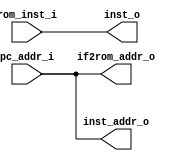
module ifetch(
	//from pc
	input  wire[31:0] pc_addr_i,
	//from rom 
	input  wire[31:0] rom_inst_i,
	//to rom
	output wire[31:0] if2rom_addr_o, 
	// to if_id
	output wire[31:0] inst_addr_o, 
	output wire[31:0] inst_o
	);


	assign if2rom_addr_o = pc_addr_i;
	
	assign inst_addr_o  = pc_addr_i;
	
	assign inst_o = rom_inst_i;



endmodule